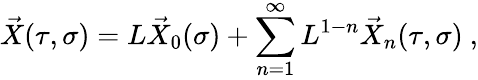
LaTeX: \vec{X}(\tau,\sigma)=L\vec{X}_{0}(\sigma)+\sum_{n=1}^{\infty}L^{1-n}\vec{X}_{n}(\tau,\sigma)\ ,